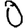
Digit: 0